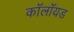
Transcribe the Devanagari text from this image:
कॉलॉयड